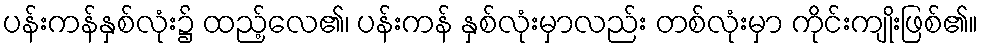
ပန်းကန်နှစ်လုံး၌ ထည့်လေ၏၊ ပန်းကန် နှစ်လုံးမှာလည်း တစ်လုံးမှာ ကိုင်းကျိုးဖြစ်၏။